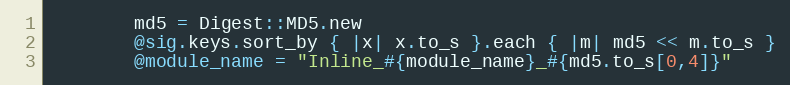
Language: Ruby
        md5 = Digest::MD5.new
        @sig.keys.sort_by { |x| x.to_s }.each { |m| md5 << m.to_s }
        @module_name = "Inline_#{module_name}_#{md5.to_s[0,4]}"